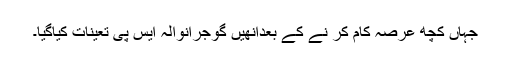
جہاں کچھ عرصہ کام کر نے کے بعدانھیں گوجرانوالہ ایس پی تعینات کیاگیا۔